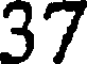
37